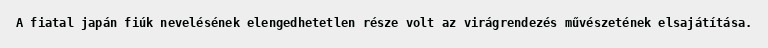
A fiatal japán fiúk nevelésének elengedhetetlen része volt az virágrendezés művészetének elsajátítása.